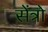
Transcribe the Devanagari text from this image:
सेंत्रो